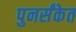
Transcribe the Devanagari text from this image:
पुनर्संकेत